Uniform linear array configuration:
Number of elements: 12
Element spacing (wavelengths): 0.25
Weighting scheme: uniform
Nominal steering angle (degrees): -60
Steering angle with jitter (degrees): -61.157
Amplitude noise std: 0.05
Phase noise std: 0.05

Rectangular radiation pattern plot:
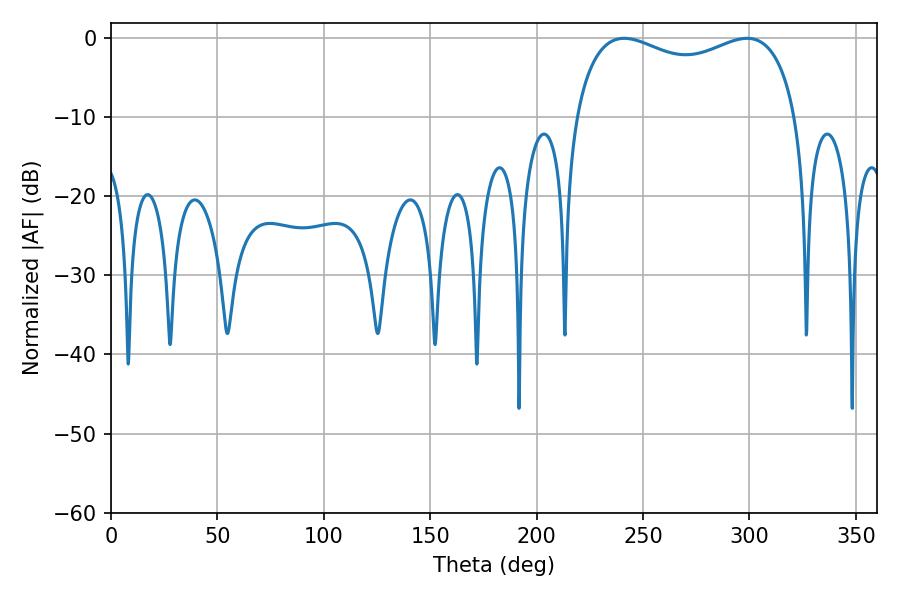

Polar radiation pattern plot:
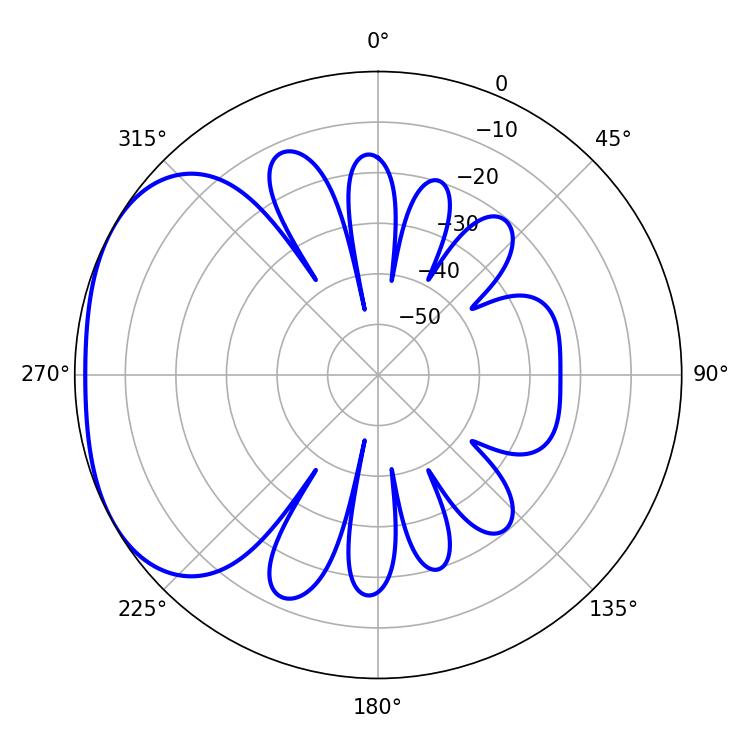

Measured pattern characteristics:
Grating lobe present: FALSE
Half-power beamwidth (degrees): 86.4
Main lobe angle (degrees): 241.2